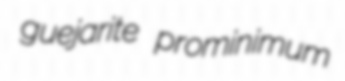
guejarite prominimum